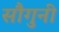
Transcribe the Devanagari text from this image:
सौगुनी